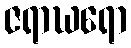
ဇရာဃရော